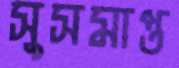
সুসমাপ্ত